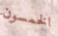
الخمسون